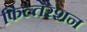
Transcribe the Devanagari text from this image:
फिल्तेरेशन